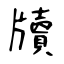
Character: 牘